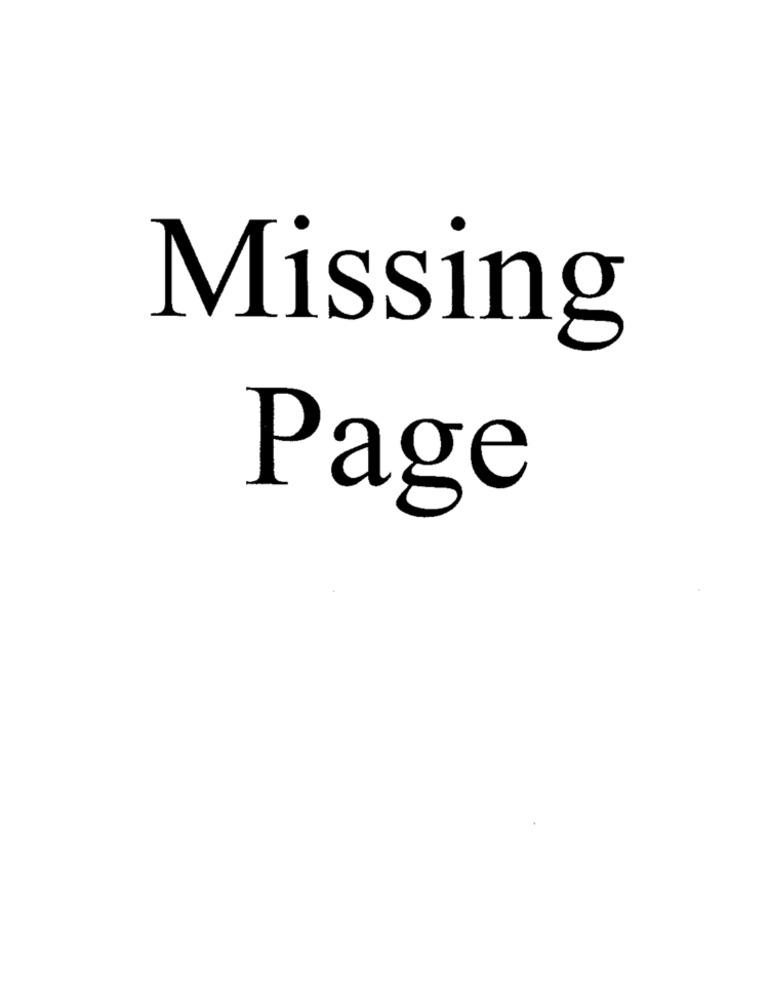
Missing
Page